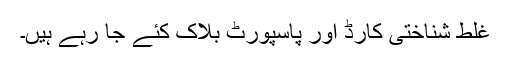
غلط شناختی کارڈ اور پاسپورٹ بلاک کئے جا رہے ہیں۔